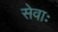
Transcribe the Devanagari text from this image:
सेवाः